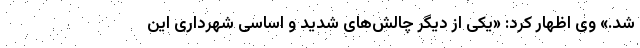
شد.» وی اظهار کرد: «یکی از دیگر چالش‌های شدید و اساسی شهرداری این